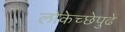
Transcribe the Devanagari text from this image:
लोकेच्छेपुढे